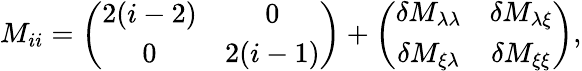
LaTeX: M_{ii}=\left(\begin{array}{cc}{{2(i-2)}}&{{0}}\\ {{0}}&{{2(i-1)}}\end{array}\right)+\left(\begin{array}{cc}{{\delta M_{\lambda\lambda}}}&{{\delta M_{\lambda\xi}}}\\ {{\delta M_{\xi\lambda}}}&{{\delta M_{\xi\xi}}}\end{array}\right),